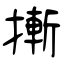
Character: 摲